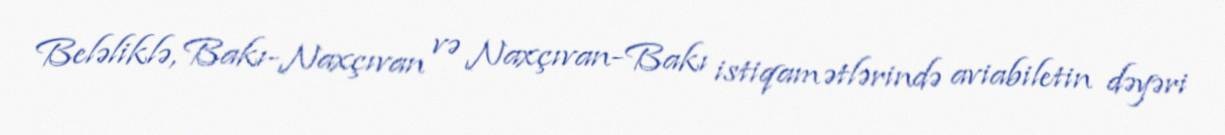
Beləliklə, Bakı-Naxçıvan və Naxçıvan-Bakı istiqamətlərində aviabiletin dəyəri